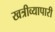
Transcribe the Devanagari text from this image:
खत्रीव्यापारी